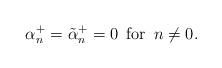
LaTeX: \begin{align*}\alpha_n ^+ = \tilde{\alpha}_n ^+ = 0 \,\,\, \mbox{for}\,\,\, n\not=0.\end{align*}